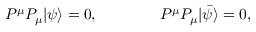
P ^ { \mu } P _ { \mu } | \psi \rangle = 0 , \qquad \qquad P ^ { \mu } P _ { \mu } | \bar { \psi } \rangle = 0 ,